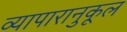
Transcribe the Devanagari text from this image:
व्यापारानुकूल